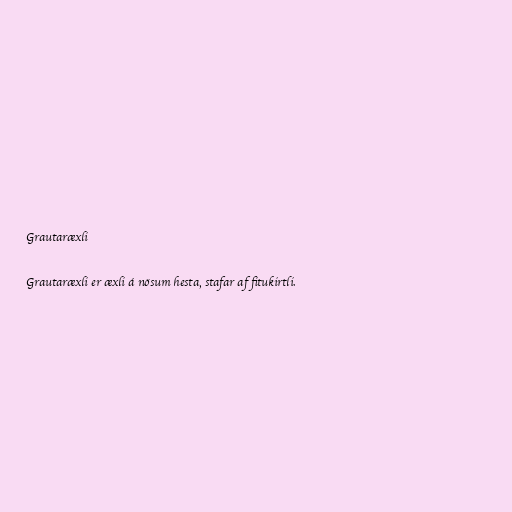
Grautaræxli

Grautaræxli er æxli á nösum hesta, stafar af fitukirtli.